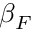
\beta _ { F }